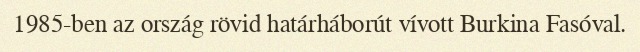
1985-ben az ország rövid határháborút vívott Burkina Fasóval.